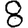
Digit: 8